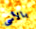
بالأسى